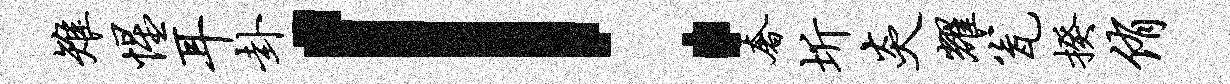
雉惺耳卦！奢圻炎耀瓮揆侑